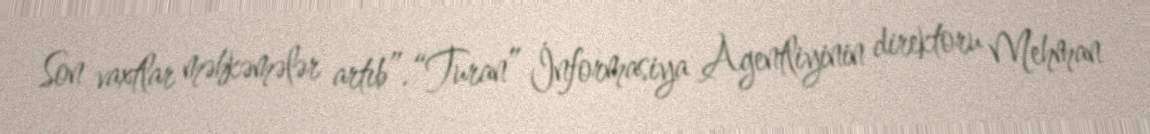
Son vaxtlar məhkəmələr artıb”.“Turan” İnformasiya Agentliyinin direktoru Mehman